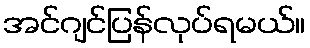
အင်ဂျင်ပြန်လုပ်ရမယ်။